Civil Veterinary Department Bihar & Orissa reports 1911-21 - 1911-1921
Year: 1911
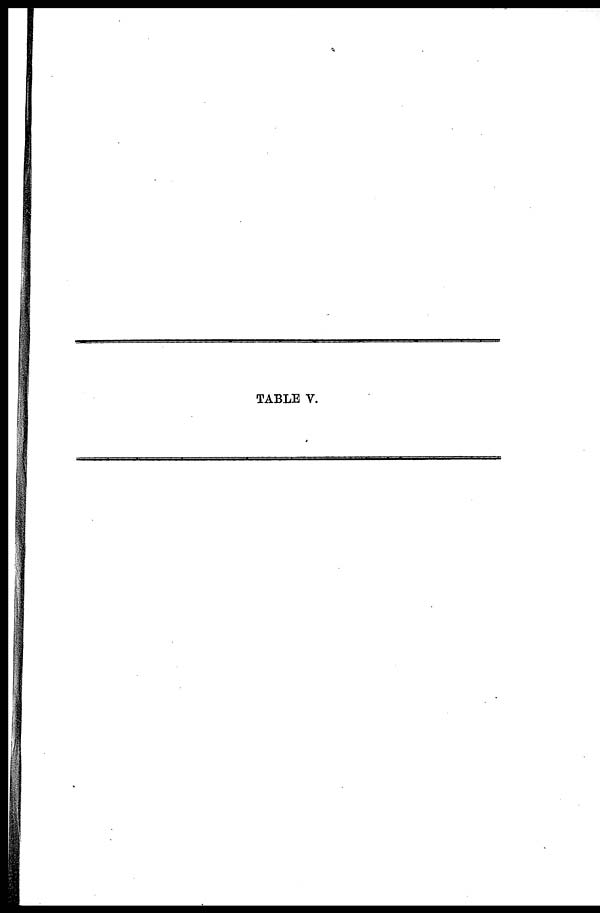
TABLE V.